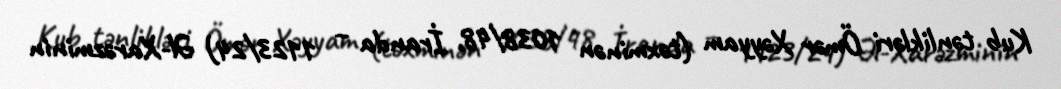
Kub tənlikləri Ömər Xəyyam (təxminən 1038/48, İranda – 1123/24) Əl-Xarəzminin